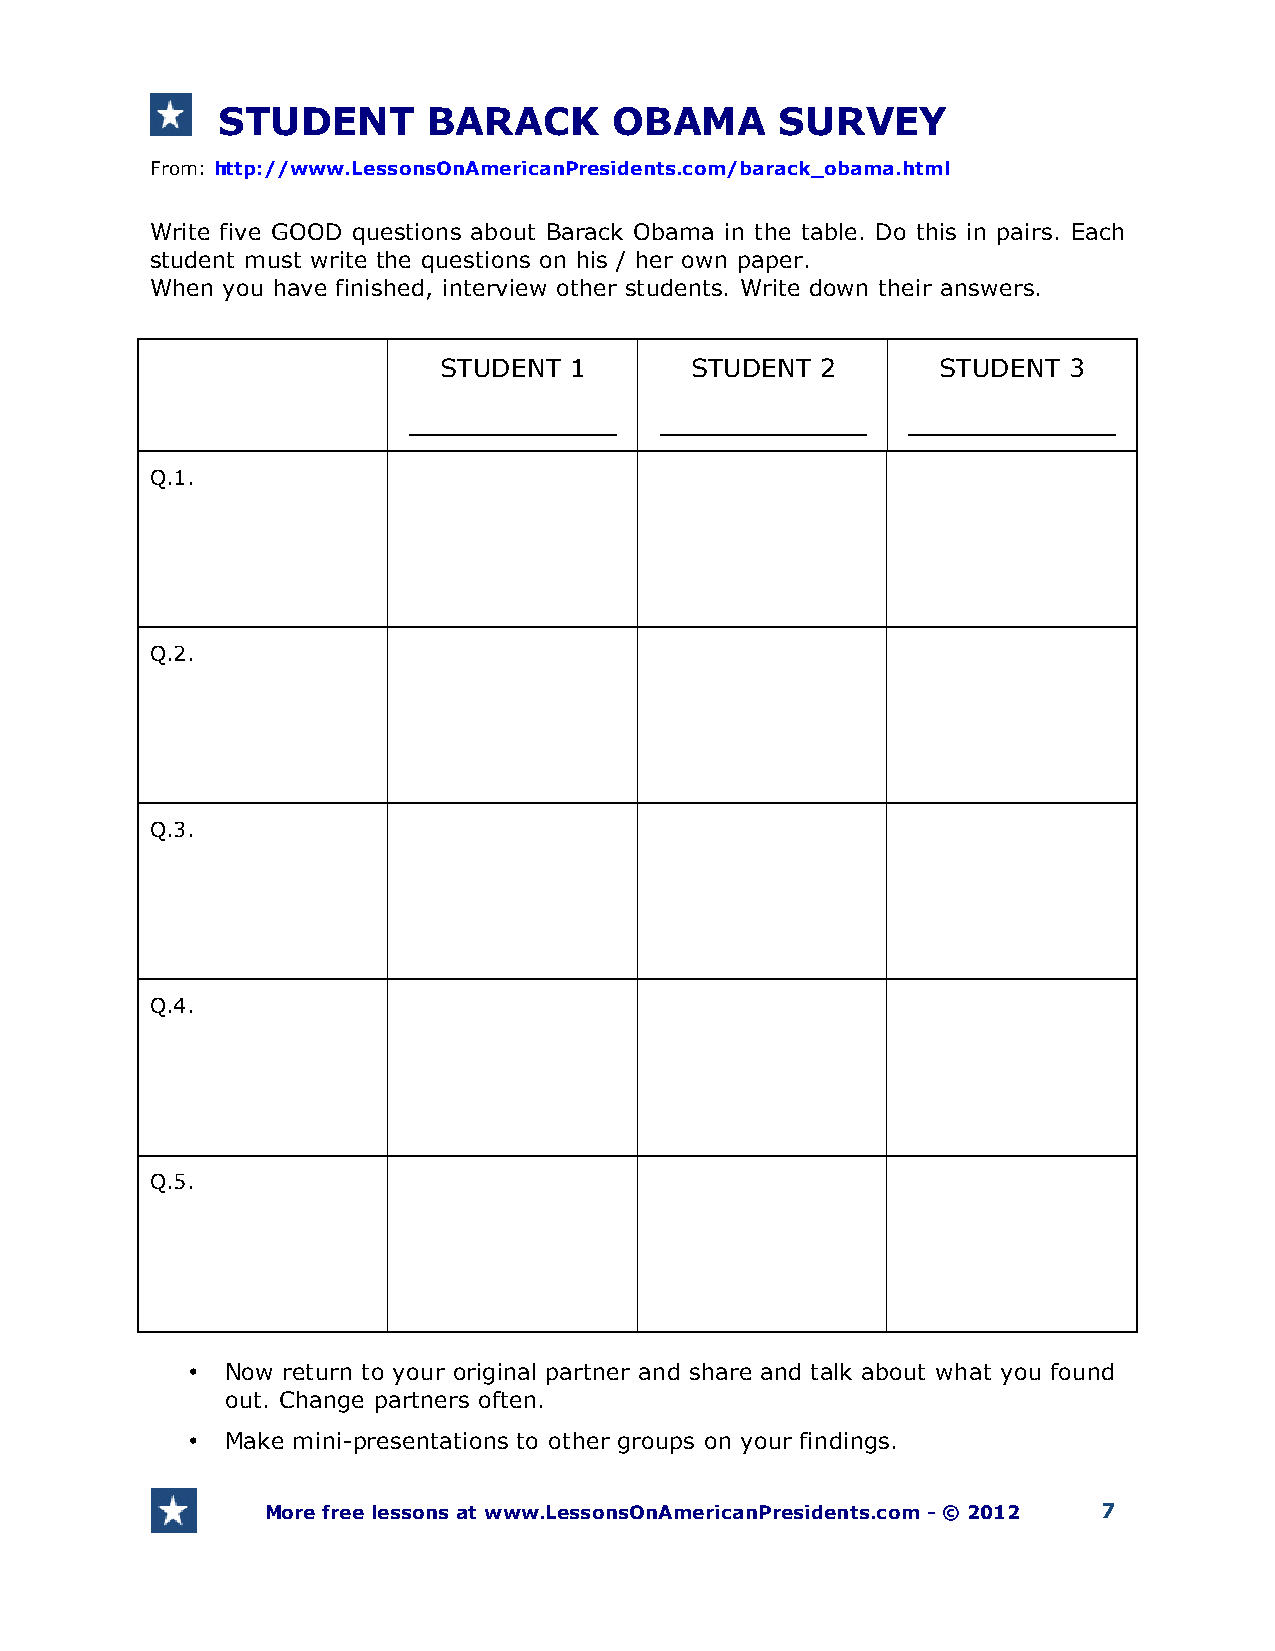
STUDENT       BARACK       OBAMA      SURVEY
 From: http://www.LessonsOnAmericanPresidents.com/barack_obama.html
 Write five GOOD questions about Barack Obama in the table. Do this in pairs. Each
 student must write the questions on his / her own paper.
 When you have finished, interview other students. Write down their answers.
 STUDENT  1       STUDENT 2       STUDENT  3
 _____________    _____________   _____________
 Q.1.
 Q.2.
 Q.3.
 Q.4.
 Q.5.
 •  Now return to your original partner and share and talk about what you found
 out. Change partners often.
 •  Make mini-presentations to other groups on your findings.
 More free lessons at www.LessonsOnAmericanPresidents.com - © 2012 7